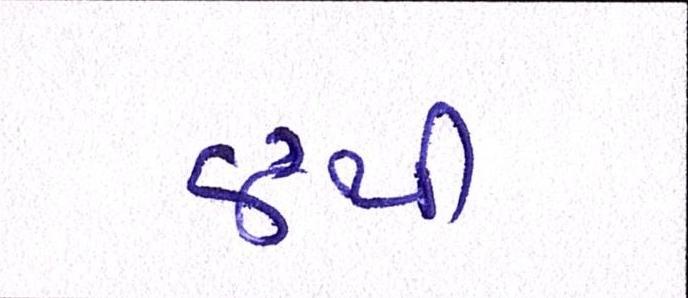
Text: ૪થી